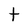
Character: t